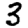
Digit: 3